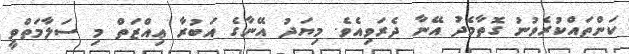
ކަންތައްކުރެވުނު ގޮތާމެދު އޭނާ ދެރަވިއެވެ. މިޔަދު އޭނާގެ އަބުރާ ޢިއްޒަތް މި ސަލާމަތްވީ